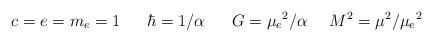
LaTeX: \begin{align*}c=e=m_{e}=1~~~~~\hbar=1/\alpha~~~~~G=\mu_{e}{}^{2}/\alpha~~~~M^{2}=\mu^{2}/\mu_{e}{}^{2}\end{align*}